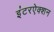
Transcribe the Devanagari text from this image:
इंटरऐक्शन